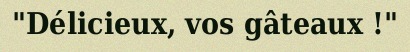
"Délicieux, vos gâteaux !"